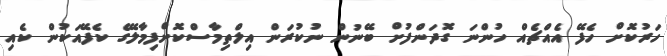
ހަރުކޮށް ހެފޭ އެއްޗެއް ހުންނަ ގޮދަންފުށް ބޭނުން ނުކުރަން އިލްތިމާސްކޮށްފިމާލޭގެ ކެފޭއަކުން ކެއި